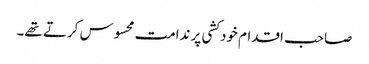
صاحب اقدام خودکشی پر ندامت محسوس کرتے تھے۔